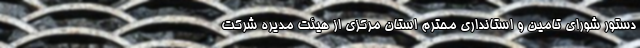
دستور شورای تامین و استانداری محترم استان مرکزی از هیئت مدیره شرکت